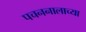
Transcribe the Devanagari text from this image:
पचननालाच्या